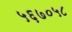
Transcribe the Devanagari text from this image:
५६७०५८